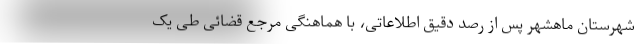
شهرستان ماهشهر پس از رصد دقیق اطلاعاتی، با هماهنگی مرجع قضائی طی یک